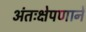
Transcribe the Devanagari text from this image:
अंतःक्षेपणाने